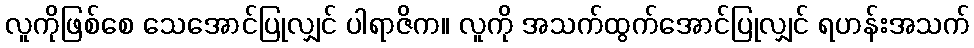
လူကိုဖြစ်စေ သေအောင်ပြုလျှင် ပါရာဇိက။ လူကို အသက်ထွက်အောင်ပြုလျှင် ရဟန်းအသက်